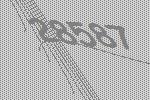
28587